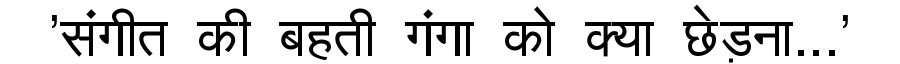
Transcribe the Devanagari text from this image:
'संगीत की बहती गंगा को क्या छेड़ना...'